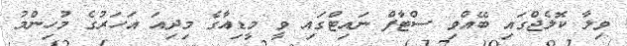
ވިލާ ކޮލެޖްގައި ބޭއްވި ސްޓާފް ނައިޓްގައި ވީ މީޑިއާގެ މިދިއަ އަހަރުގެ މުހިންމު